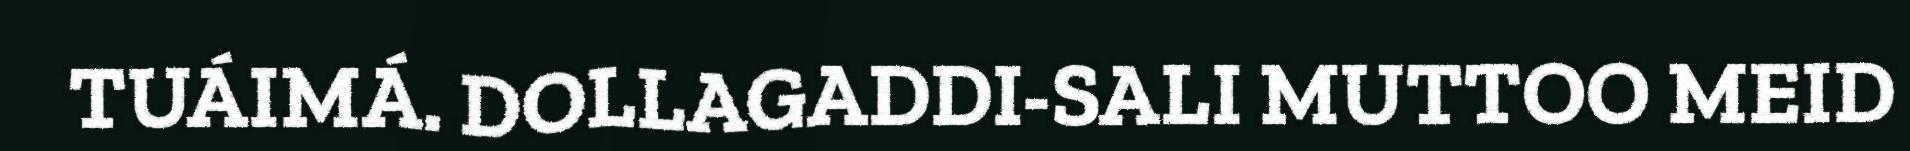
TUÁIMÁ. DOLLAGADDI-SALI MUTTOO MEID